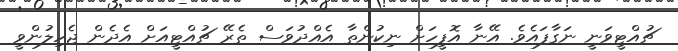
ޗުއްޓީވަނީ ނަގާފައެވެ. އޭނާ އޮފީހަށް ނިކުންތާ އެއްދުވަސް ތެރޭ ޗުއްޓީއަށް އެދެން ޖެހިލުންވީ